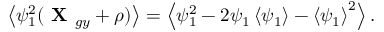
\left\langle \psi _ { 1 } ^ { 2 } ( \textbf { X } _ { g y } + \boldsymbol { \rho } ) \right\rangle = \left\langle \psi _ { 1 } ^ { 2 } - 2 \psi _ { 1 } \left\langle \psi _ { 1 } \right\rangle - \left\langle \psi _ { 1 } \right\rangle ^ { 2 } \right\rangle .